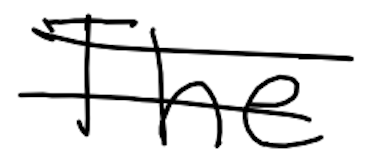
Text: The
Cross-out: double-line
Writing tool: digital_black